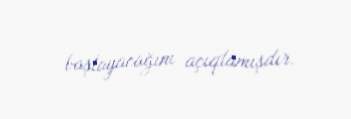
başlayacağını açıqlamışdır.